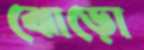
ঝোড়ো